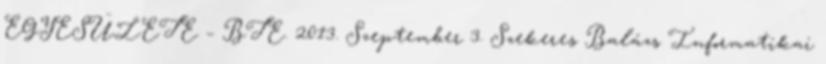
EGYESÜLETE – BTE. 2013. Szeptember 3. Szekeres Balázs Informatikai